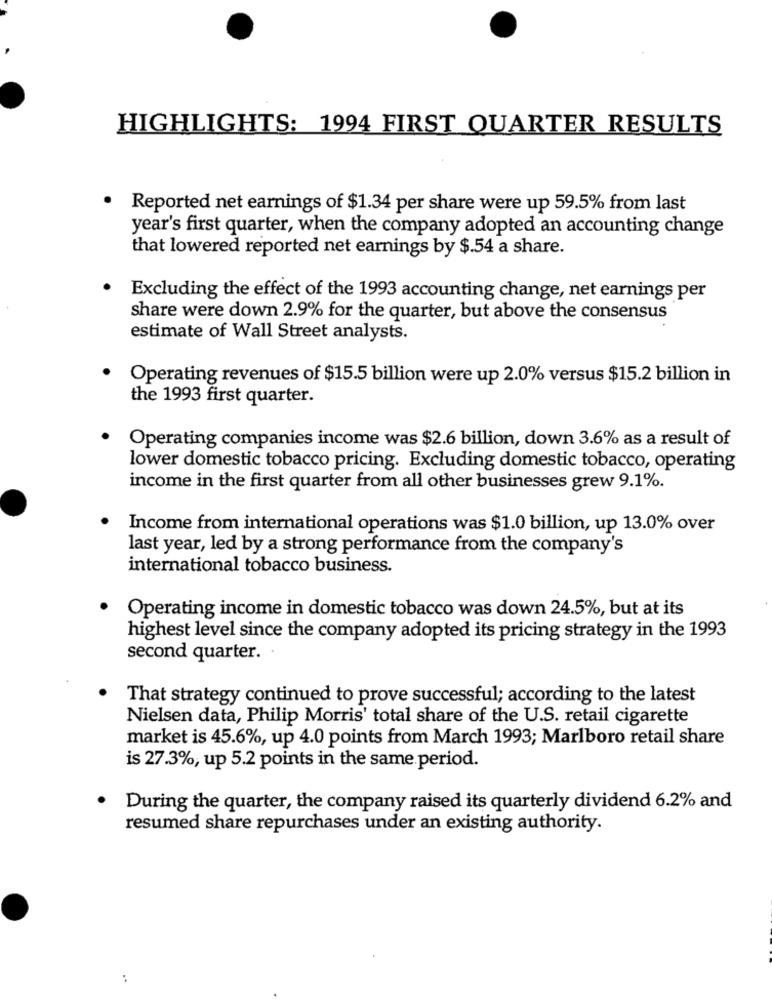
HIGHLIGHTS: 1994 FIRST QUARTER RESULTS
Reported net earnings of $1.34 per share were up 59.5% from last
year's first quarter, when the company adopted an accounting change
that lowered reported net earnings by $.54 a share.
Excluding the effect of the 1993 accounting change, net earnings per
share were down 2.9% for the quarter, but above the consensus
estimate of Wall Street analysts.
Operating revenues of $15.5 billion were up 2.0% versus $15.2 billion in
the 1993 first quarter.
Operating companies income was $2.6 billion, down 3.6% as a result of
lower domestic tobacco pricing. Excluding domestic tobacco, operating
income in the first quarter from all other businesses grew 9.1%.
Income from international operations was $1.0 billion, up 13.0% over
last year, led by a strong performance from the company's
international tobacco business.
Operating income in domestic tobacco was down 24.5%, but at its
highest level since the company adopted its pricing strategy in the 1993
second quarter. .
That strategy continued to prove successful; according to the latest
Nielsen data, Philip Morris' total share of the U.S. retail cigarette
market is 45.6%, up 4.0 points from March 1993; Marlboro retail share
is 27.3%, up 5.2 points in the same period.
During the quarter, the company raised its quarterly dividend 6.2% and
resumed share repurchases under an existing authority.